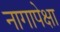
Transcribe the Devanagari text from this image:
नागापेक्षा